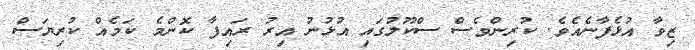
ޒިވާ އުޅެފާނެއެވެ. ކުރިންވެސް ސްކޫލުގައި އުޅުނު އިރު ރައިފާ ކޮންމެ ކަމެއް ކުރިޔަސް